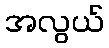
အလွယ်